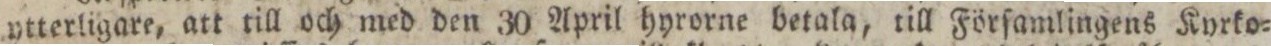
ytterligare, att till och med den 30 April hyrorne betala, till Förſamlingens Kyrko=